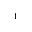
^ 1